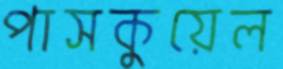
পাসকুয়েল